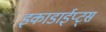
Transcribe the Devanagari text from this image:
इकाडाईप्ट्स